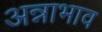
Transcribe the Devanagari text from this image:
अन्नाभाव